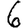
Digit: 6